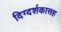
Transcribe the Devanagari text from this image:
दिग्दर्शकासह